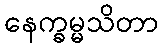
နေက္ခမ္မသိတာ